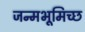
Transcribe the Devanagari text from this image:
जन्मभूमिच्छ